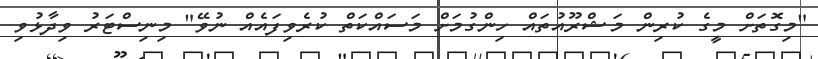
"މިގޮތަށް މީގެ ކުރިން މަޝްރޫއުތައް ހިންގުމަށް މަސައްކަތް ކުރެވިފައެެއް ނުވޭ" މިނިސްޓަރު ވިދާޅުވި